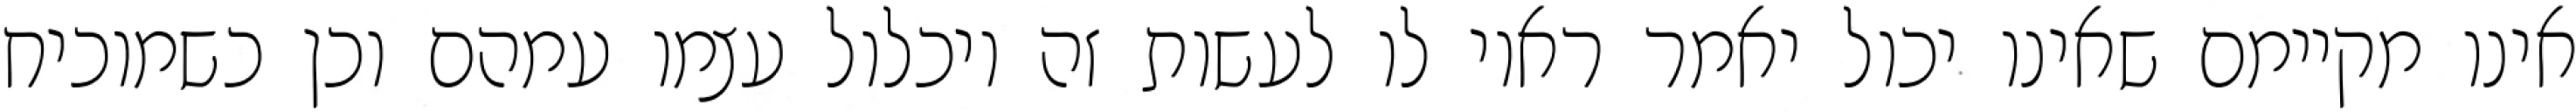
אינו מקיימם שאינו יכול יאמר ראוי לו לעשות זה ויכלול עצמו עמהם וכן כשמוכיח